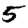
Digit: 5